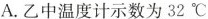
A.乙中温度计示数为3^{\circ}C